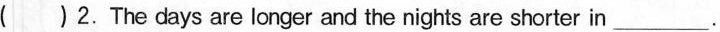
( )2. The days are longer and the nights are shorter in___